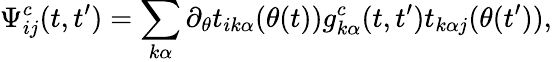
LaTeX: \Psi_{ij}^{c}(t,t^{\prime})=\sum_{k\alpha}\partial_{\theta}t_{ik\alpha}(\theta(t))g_{k\alpha}^{c}(t,t^{\prime})t_{k\alpha j}(\theta(t^{\prime})),